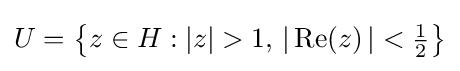
U=\left\{z\in H:\left|z\right|>1,\,\left|\,{\mbox{Re}}(z)\,\right|<{\tfrac {1}{2}}\right\}